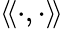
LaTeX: \langle\! \langle\cdot,\cdot\rangle\! \rangle